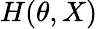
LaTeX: H(\theta,X)